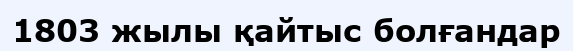
1803 жылы қайтыс болғандар